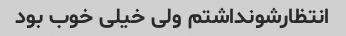
انتظارشو‌نداشتم ولی خیلی خوب بود